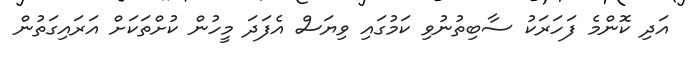
އަދި ކޮންމެ ފަހަރަކު ސާބިތުނުވި ކަމުގައި ވިޔަސް އެފަދަ މީހުން ކުށްތަކަށް އަރައިގަތުން